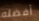
أفضله